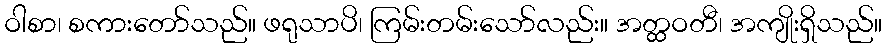
ဝါစာ၊ စကားတော်သည်။ ဖရုသာပိ၊ ကြမ်းတမ်းသော်လည်း။ အတ္ထဝတီ၊ အကျိုးရှိသည်။